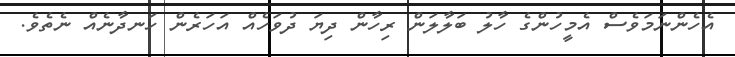
އެހެންނަމަވެސް އެމީހުންގެ ހާލު ބަލާލަން ރިހާން ދިޔަ ދުވަހެއް އަހަރެން ހަނދާނެއް ނެތެވެ.